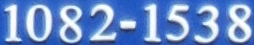
1082-1538